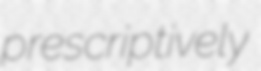
prescriptively